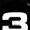
Digit: 3